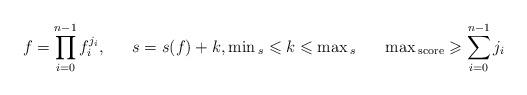
LaTeX: \begin{align*}f & = \prod_{i = 0}^{n-1} f_i^{j_i}, &s & = s(f) + k, \min{}_s \leqslant k \leqslant \max{}_s &\max{}_{\mbox{{\scriptsize score}}} & \geqslant \sum_{i = 0}^{n-1} j_i\end{align*}